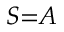
S { = } A